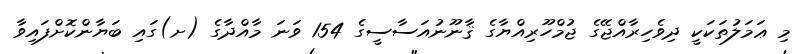
މި ޢަމަލުތަކަކީ ދިވެހިރާއްޖޭގެ ޖުމްހޫރިއްޔާގެ ޤާނޫނުއަސާސީގެ 154 ވަނަ މާއްދާގެ (ށ)ގައި ބަޔާންކޮށްފައިވާ